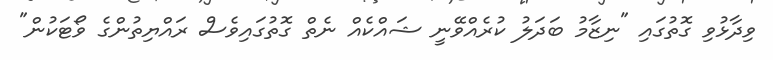
ވިދާޅުވި ގޮތުގައި "ނިޒާމު ބަދަލު ކުރެއްވޭނީ ޝައްކެއް ނެތް ގޮތުގައިވެސް ރައްޔިތުންގެ ވޯޓަކުން"